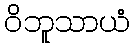
ဝိဘူသာယံ